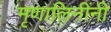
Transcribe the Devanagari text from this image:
मृणालिनींनी